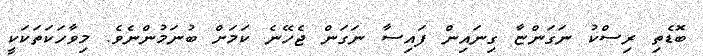
ބޮޑެތި ރިސްކު ނަގަންޏާ ގިނައިން ފައިސާ ނަގަން ޖެހޭނެ ކަމަށް ބުނަމުންނެވެ. މިވާހަކަތަކަކީ